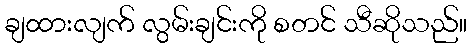
ချထားလျက် လွမ်းချင်းကို စတင် သီဆိုသည်။